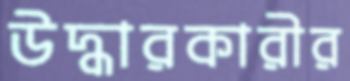
উদ্ধারকারীর